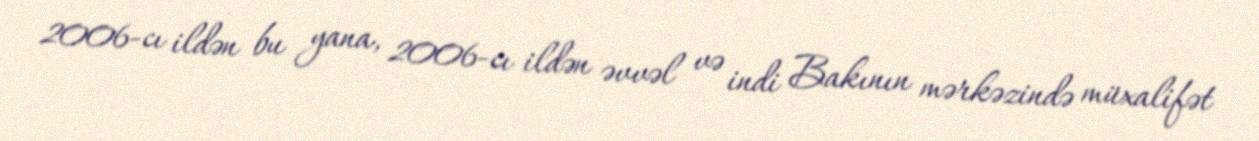
2006-cı ildən bu yana, 2006-cı ildən əvvəl və indi Bakının mərkəzində müxalifət